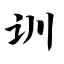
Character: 训